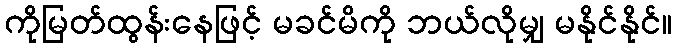
ကိုမြတ်ထွန်းနေဖြင့် မခင်မိကို ဘယ်လိုမျှ မနိုင်နိုင်။